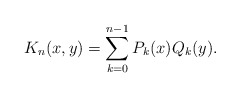
\begin{align*} K_n(x,y) = \sum_{k=0}^{n-1} P_k(x) Q_k(y).\end{align*}